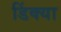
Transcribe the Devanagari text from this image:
डिंक्या